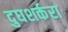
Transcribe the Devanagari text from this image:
दुघशर्करा